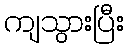
ကျသွားပြီး